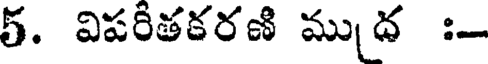
5. విపరీతకరణి ముద :-